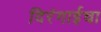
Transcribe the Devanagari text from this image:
दिरंगाईचा